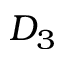
D _ { 3 }